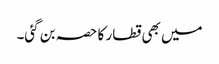
میں بھی قطار کا حصہ بن گئی۔